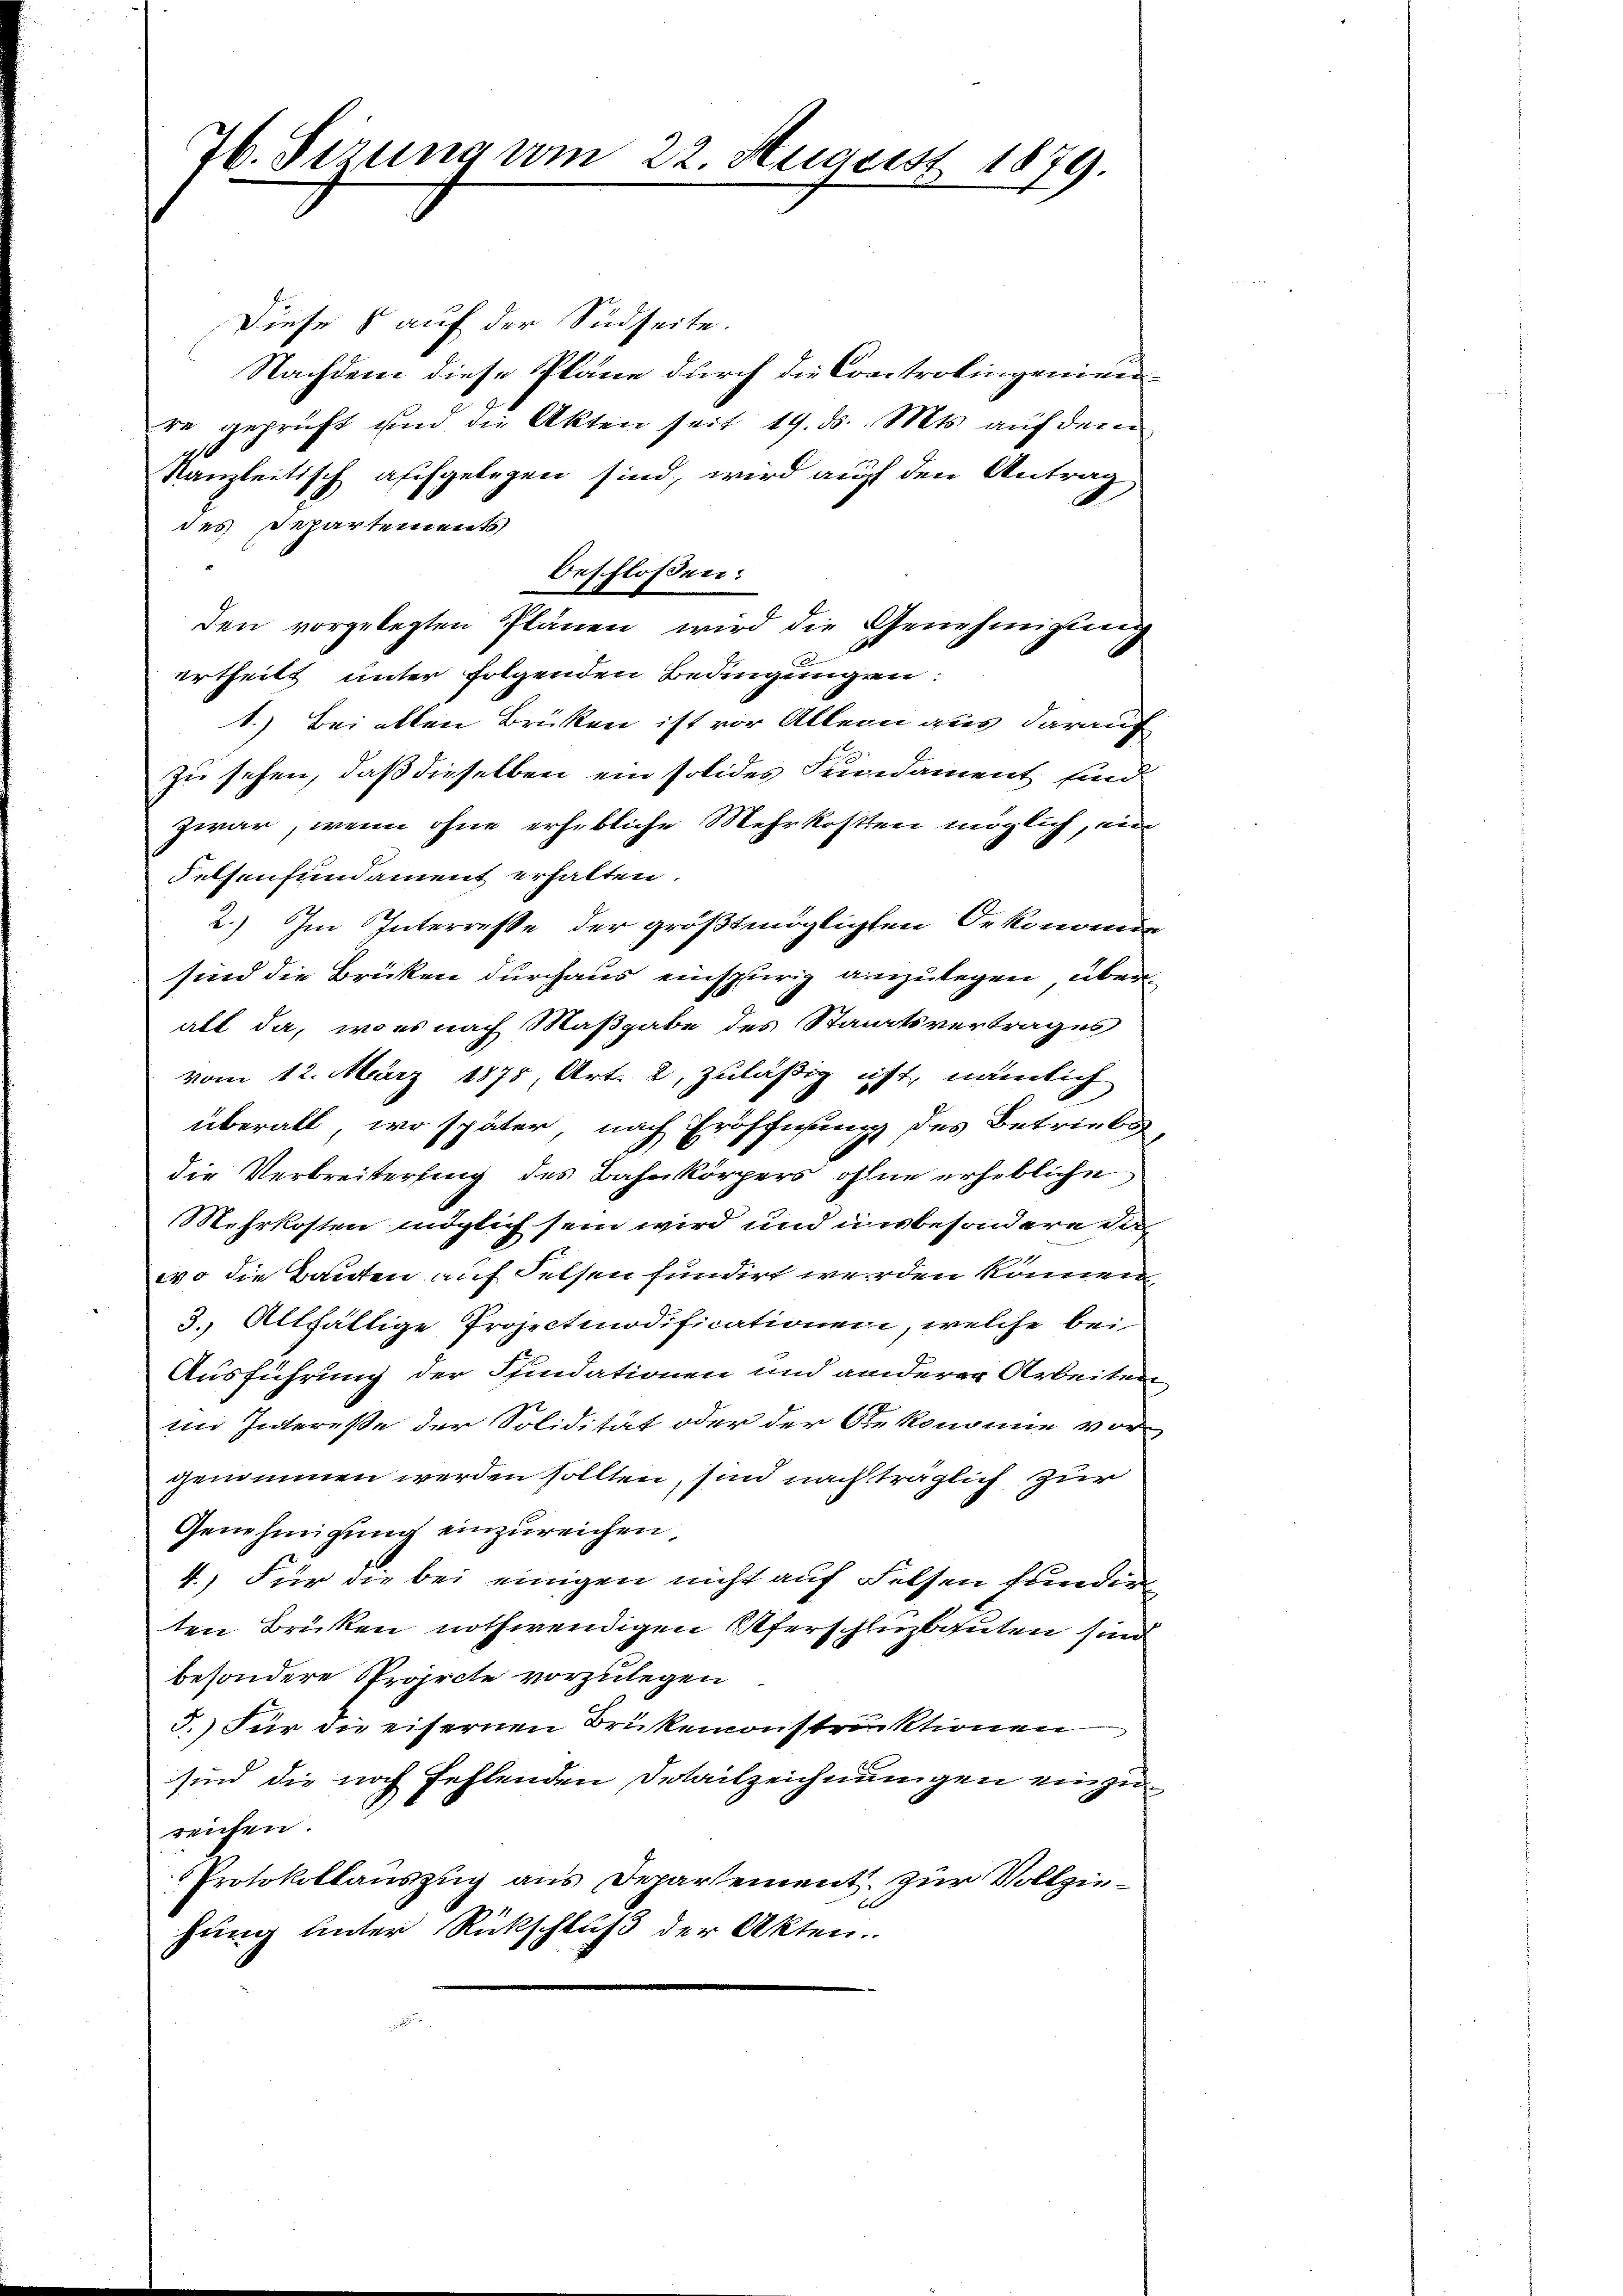
76. Sizung vom 22. August 1879.

Diese 8 auf der Südseite.
Nachdem diese Pläne durch die Controlingenieure geprüft und die Akten seit 19. ds. Mts. auf dem
s
Kanzleitisch aufgelegen sind, wird auf den Antrag
des Departements
beschlossen:
den vorgelegten Plänen wird die Genehmigung
ertheilt unter folgenden Bedingungen:
1.) Bei allen Brüken ist vor Allern aus darauf
zu sehen, daß dieselben ein solides Fundament sind
zwar, wenn ohne erhebliche Mehrkosten möglich, un
Felsenfundament erhalten.
2.) Im Interresse der größtmöglichten Oekonomin
sind die Brücken durchaus einspurig anzulegen überalt da, wo es nach Maßgabe des Staatsvertrages
vom 12. März 1875 Art. 2, zuläßig ist, nämlich
überall, wo später nach Eröffnung des Betrieben
die Verbreiterung des Bahnkörpers ohne erhebliche
Mehrkosten möglich sein wird und insbesondere dah
wo die Bauten auf Felsen fundirt werden können,
3. Allfältige Projectmodificationen, welche bei
Ausführung der Fundationen und anderer Arbeiten,
im Interesse der Solidität oder der Oekonomie vor-
genommen werden sollten, sind nach träglich zur
Genehmigung einzureichen.
4.) Für die bei einigen nicht auf Felsen fundire
ten Brüken nothwendigen Uferschluptguten sind
besondere Projecte vorzulegen
5.) Für die eisernen Brükemonstruktionen
sind die noch fehlenden Detailzeichnungen einzureichen.
Protokollauszug aus Departement zur Vollziehung unter Rückschluß der Akten.
1